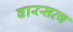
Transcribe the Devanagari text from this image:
वारसत्व